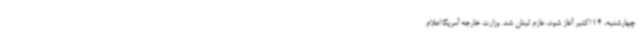
چهارشنبه، 14 اکتبر آغاز شود، عازم لبنان شد. وزارت خارجه آمریکا اعلام